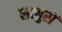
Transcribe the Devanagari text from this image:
सत्गुरों